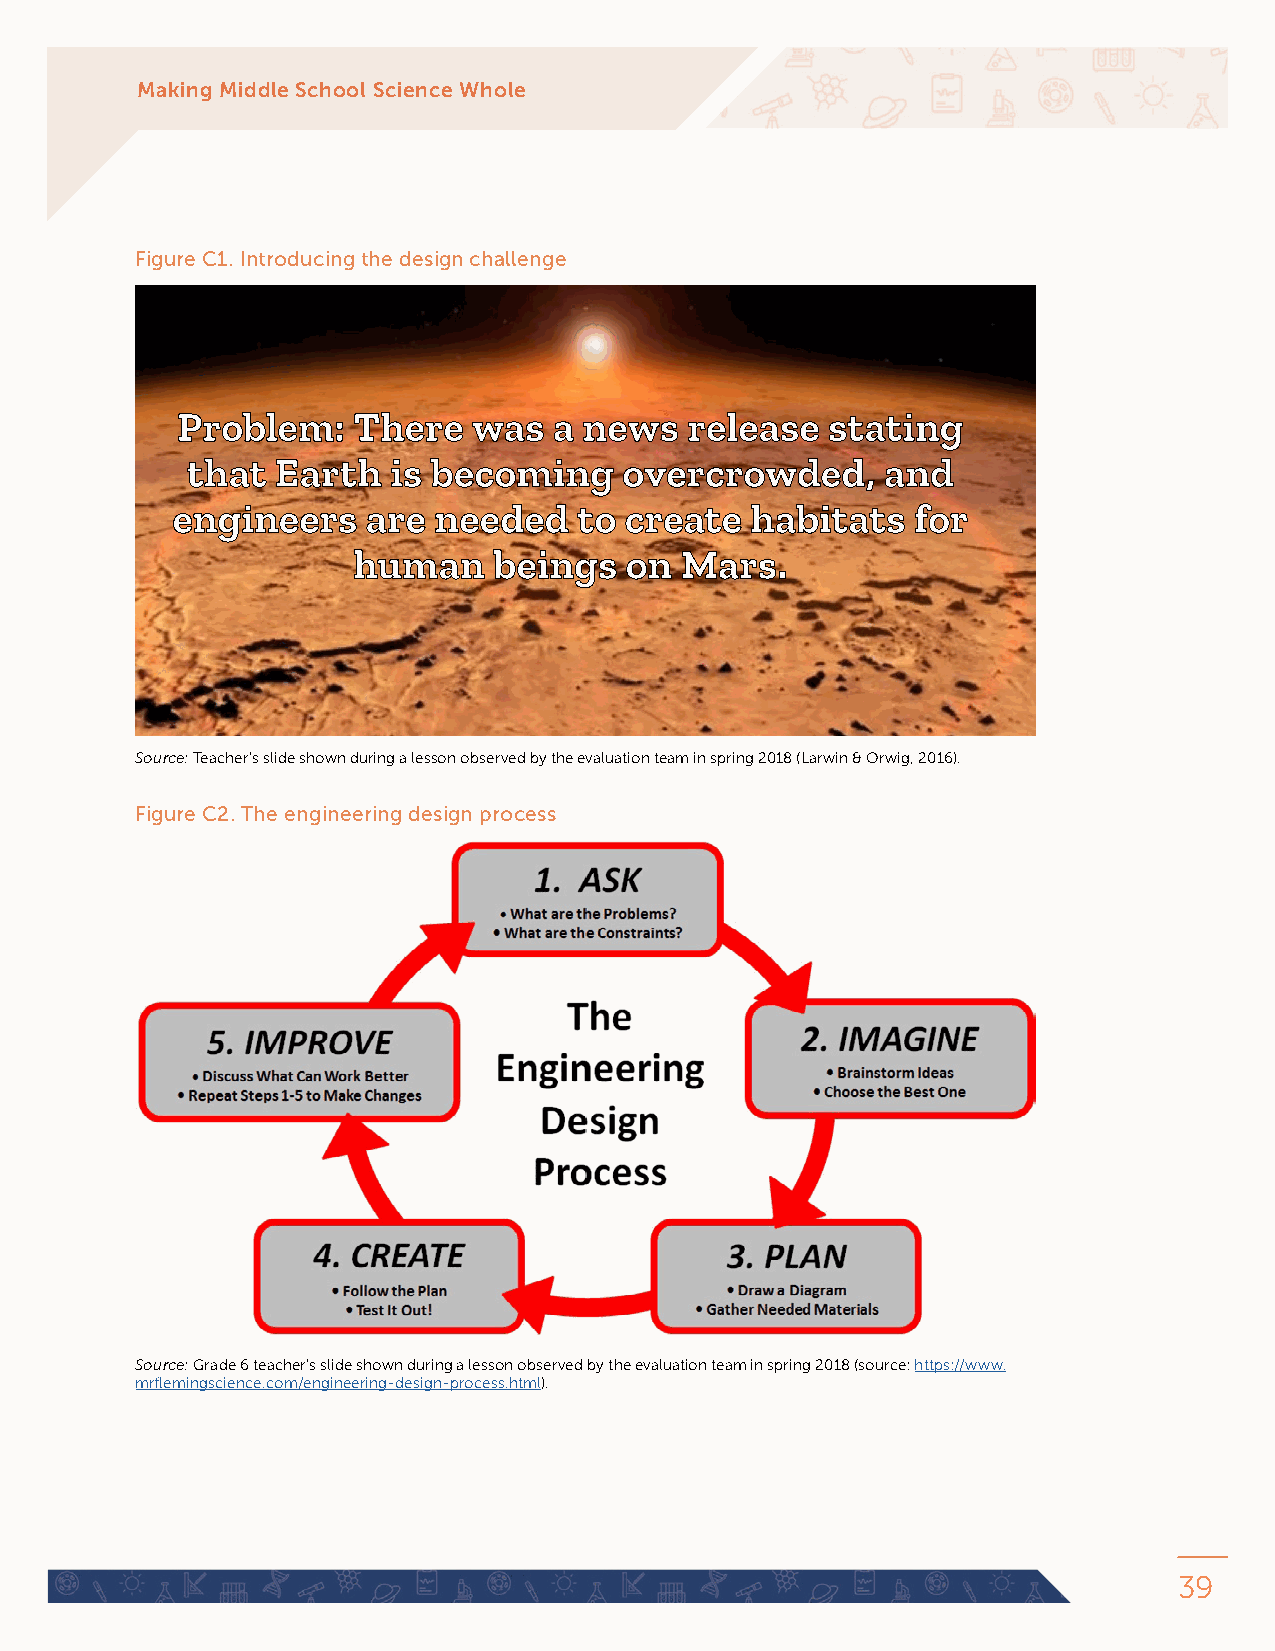
Making Middle School Science Whole
 Figure C1. Introducing the design challenge
 Source: Teacher’s slide shown during a lesson observed by the evaluation team in spring 2018 (Larwin & Orwig, 2016).
 Figure C2. The engineering design process
 Source: Grade 6 teacher’s slide shown during a lesson observed by the evaluation team in spring 2018 (source: https://www.
 mrflemingscience.com/engineering-design-process.html).
 39